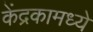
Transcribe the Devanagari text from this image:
केंद्रकामध्ये